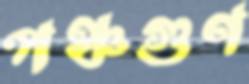
পঞ্চগুণ